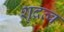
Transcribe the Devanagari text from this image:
शुद्रत्व